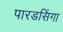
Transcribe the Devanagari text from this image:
पारडसिंगा